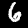
Digit: 6